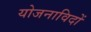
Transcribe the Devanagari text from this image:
योजनाविदों